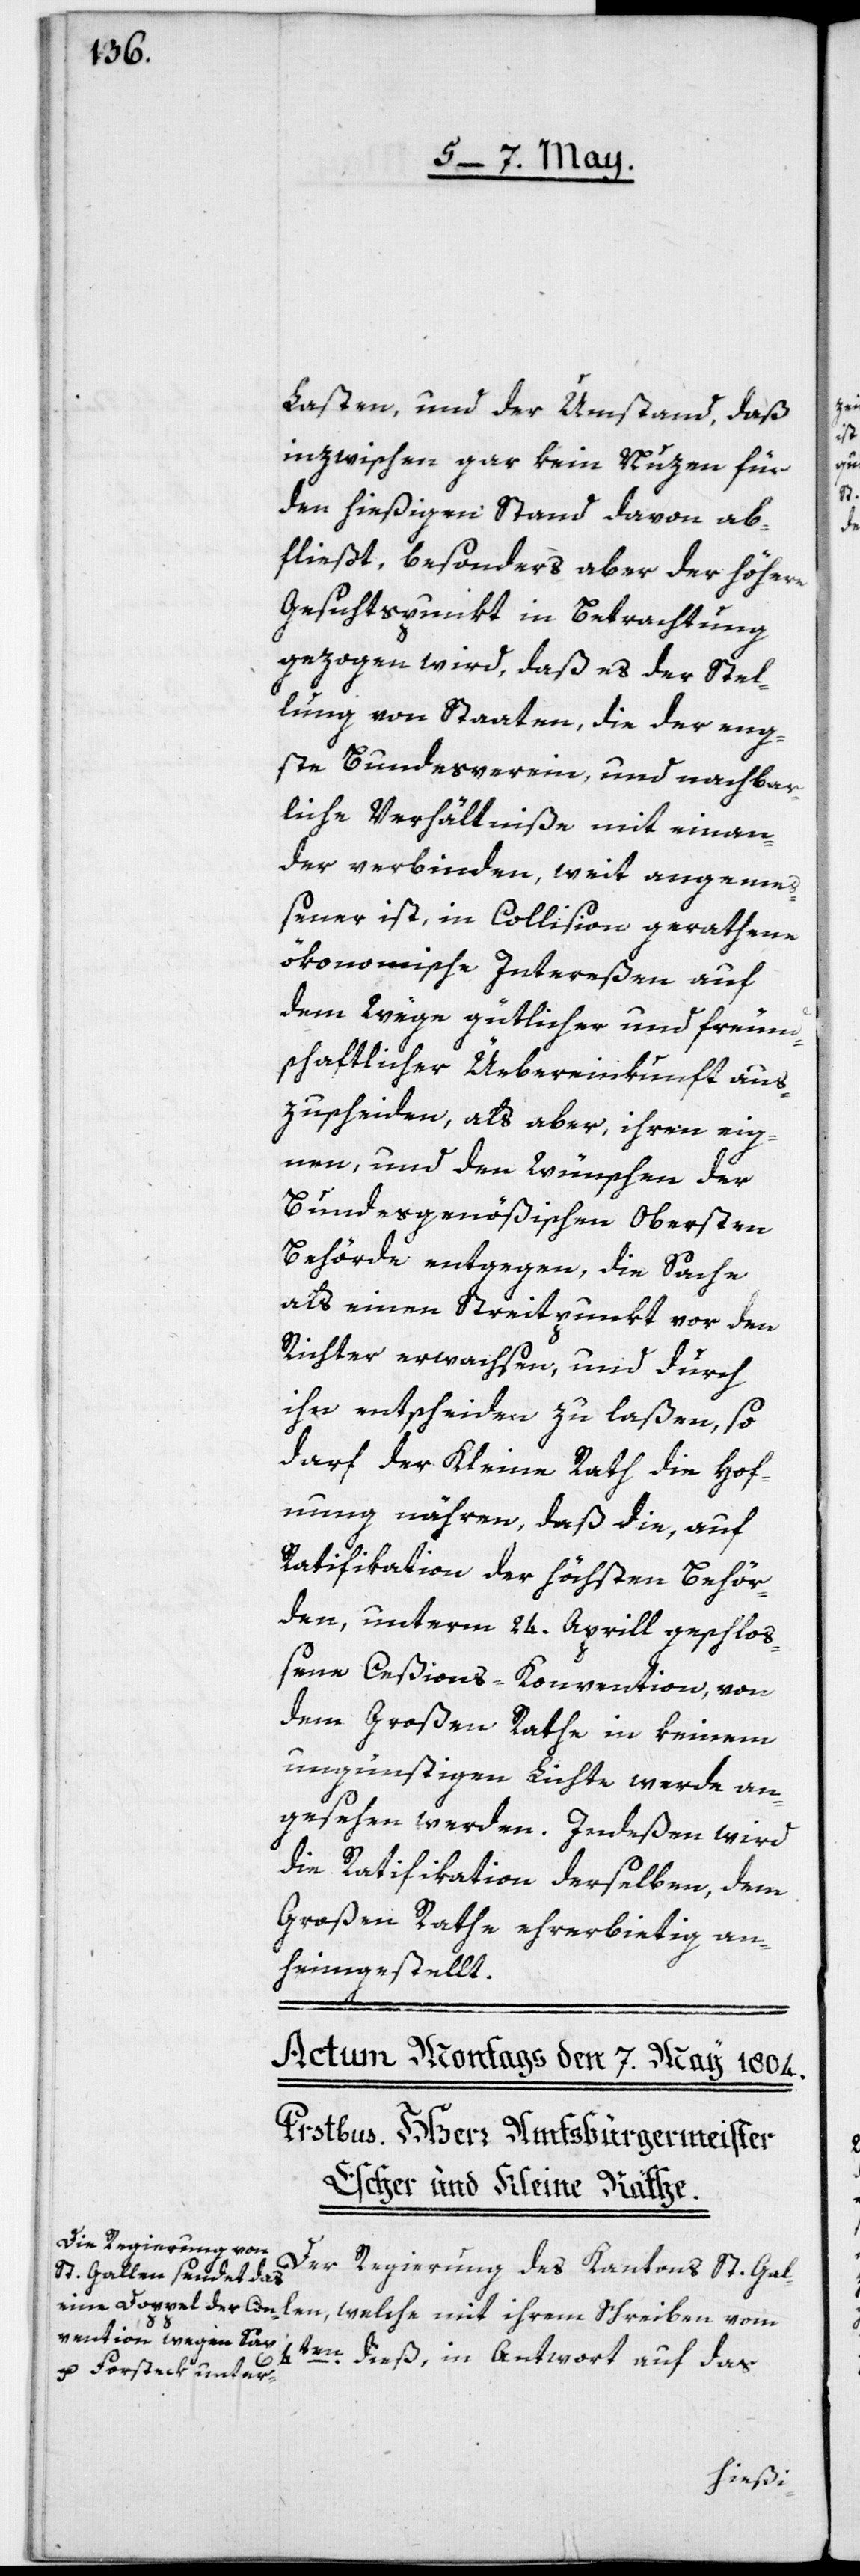
len, welche mit ihrem Schreiben
Der Regierung des Kantons St. Gal¬
4ten dieß, in Antwort auf das